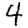
Digit: 4